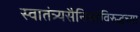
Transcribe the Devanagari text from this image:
स्वातंत्र्यसैनिकांविरुद्धच्या